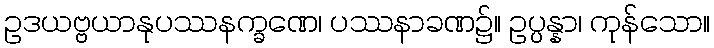
ဥဒယဗ္ဗယာနုပဿနက္ခဏေ၊ ပဿနာခဏ၌။ ဥပ္ပန္နာ၊ ကုန်သော။